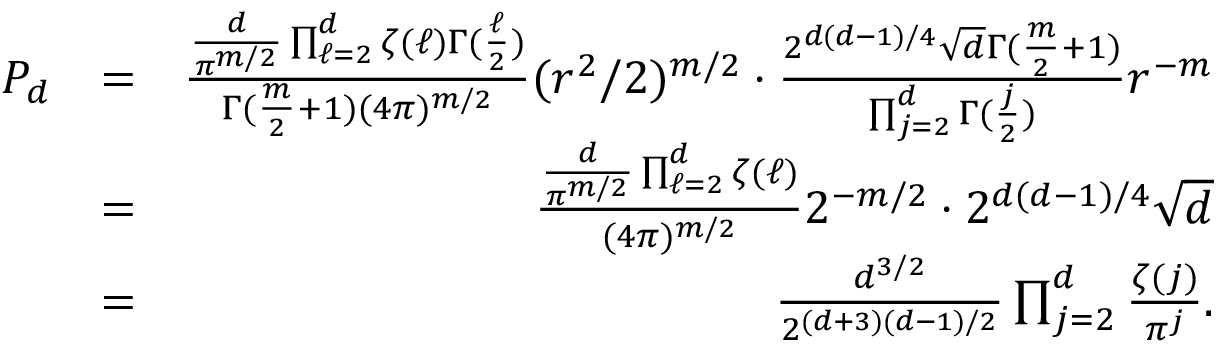
\begin{array} { r l r } { P _ { d } } & { = } & { \frac { \frac { d } { \pi ^ { m / 2 } } \prod _ { \ell = 2 } ^ { d } \zeta ( \ell ) \Gamma ( \frac { \ell } { 2 } ) } { \Gamma ( \frac { m } { 2 } + 1 ) ( 4 \pi ) ^ { m / 2 } } ( r ^ { 2 } / 2 ) ^ { m / 2 } \cdot \frac { 2 ^ { d ( d - 1 ) / 4 } \sqrt { d } \Gamma ( \frac { m } { 2 } + 1 ) } { \prod _ { j = 2 } ^ { d } \Gamma ( \frac { j } { 2 } ) } r ^ { - m } } \\ & { = } & { \frac { \frac { d } { \pi ^ { m / 2 } } \prod _ { \ell = 2 } ^ { d } \zeta ( \ell ) } { ( 4 \pi ) ^ { m / 2 } } 2 ^ { - m / 2 } \cdot 2 ^ { d ( d - 1 ) / 4 } \sqrt { d } } \\ & { = } & { \frac { { d } ^ { 3 / 2 } } { 2 ^ { ( d + 3 ) ( d - 1 ) / 2 } } \prod _ { j = 2 } ^ { d } \frac { \zeta ( j ) } { \pi ^ { j } } . } \end{array}